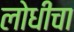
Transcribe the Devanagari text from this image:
लोधीचा